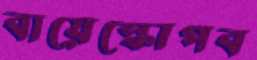
বায়েস্কোপব